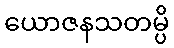
ယောဇနသတမ္ပိ